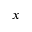
x